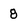
Character: 8